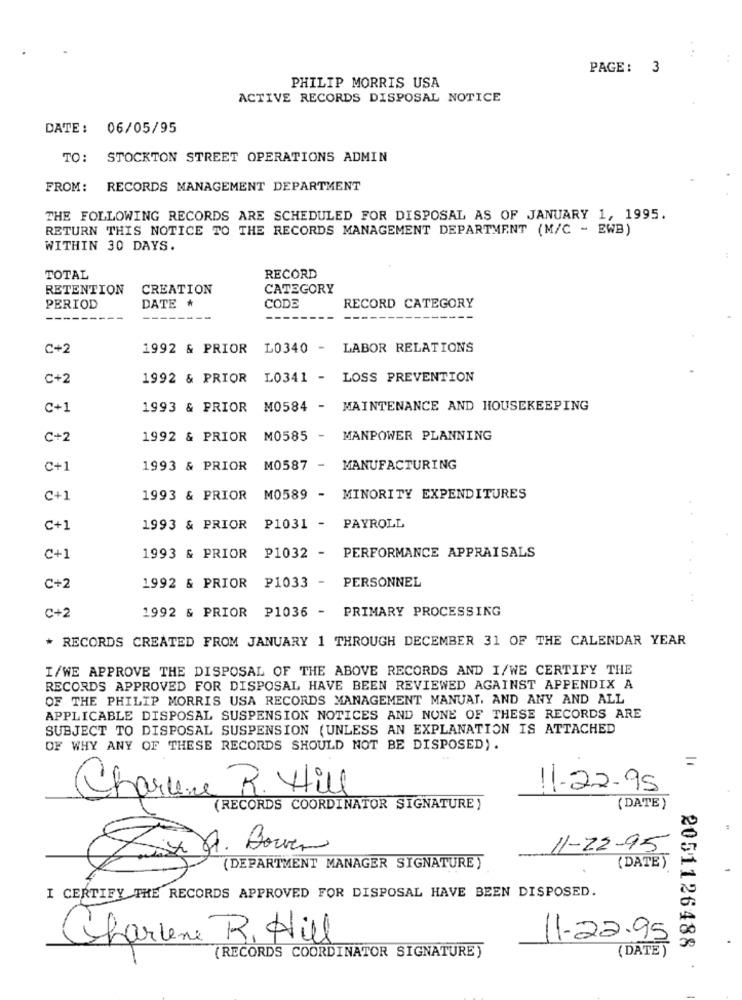
PAGE :
3
PHILIP MORRIS USA
ACTIVE RECORDS DISPOSAL NOTICE
DATE: 06/05/95
TO: STOCKTON STREET OPERATIONS ADMIN
FROM: RECORDS MANAGEMENT DEPARTMENT
THE FOLLOWING RECORDS ARE SCHEDULED FOR DISPOSAL AS OF JANUARY 1, 1995.
RETURN THIS NOTICE TO THE RECORDS MANAGEMENT DEPARTMENT (M/C - EWB)
WITHIN 30 DAYS.
TOTAL
RECORD
RETENTION
CREATION
CATEGORY
PERIOD
DATE
CODE
RECORD CATEGORY
C+2
1992 & PRIOR
L0340 -
LABOR RELATIONS
C+2
1992 & PRIOR
L0341 -
LOSS PREVENTION
C+1
1993 & PRIOR
M0584 - MAINTENANCE AND HOUSEKEEPING
C+2
1992 & PRIOR
M0585
MANPOWER PLANNING
C+1
1993 & PRIOR M0587 - MANUFACTURING
C+1
1993 & PRIOR M0589 - MINORITY EXPENDITURES
C+1
1993 & PRIOR
P1031 - PAYROLL
C+1
1993 & PRIOR
P1032 - PERFORMANCE APPRAISALS
1992 & PRIOR P1033 -
PERSONNEL
C+2
C+2
1992 & PRIOR P1036 - PRIMARY PROCESSING
* RECORDS CREATED FROM JANUARY 1 THROUGH DECEMBER 31 OF THE CALENDAR YEAR
I/WE APPROVE THE DISPOSAL OF THE ABOVE RECORDS AND I/WE CERTIFY THE
RECORDS APPROVED FOR DISPOSAL HAVE BEEN REVIEWED AGAINST APPENDIX A
OF THE PHILIP MORRIS USA RECORDS MANAGEMENT MANUAL, AND ANY AND ALL
APPLICABLE DISPOSAL SUSPENSION NOTICES AND NONE OF THESE RECORDS ARE
SUBJECT TO DISPOSAL SUSPENSION (UNLESS AN EXPLANATION IS ATTACHED
OF WHY ANY OF THESE RECORDS SHOULD NOT BE DISPOSED).
11-22-95
Charline R. Hill
(RECORDS COORDINATOR SIGNATURE )
( DATE )
11-22-95
Ex d. Bower
(DEPARTMENT MANAGER SIGNATURE )
(DATE)
I CERTIFY THE RECORDS APPROVED FOR DISPOSAL HAVE BEEN DISPOSED.
Charlene R. Hill
11-22.95
2051126488
(DATE )
(RECORDS COORDINATOR SIGNATURE)